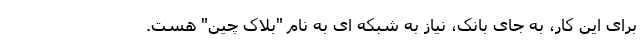
برای این کار، به جای بانک، نیاز به شبکه ای به نام "بلاک چین" هست.